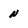
Character: n